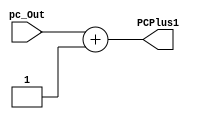
`timescale 1ns / 1ps

module adder # (parameter WL = 32)
(
    input [WL - 1 : 0] pc_Out,
    output [WL - 1 : 0] PCPlus1
);
    
    assign PCPlus1 = pc_Out + 1;
    
endmodule